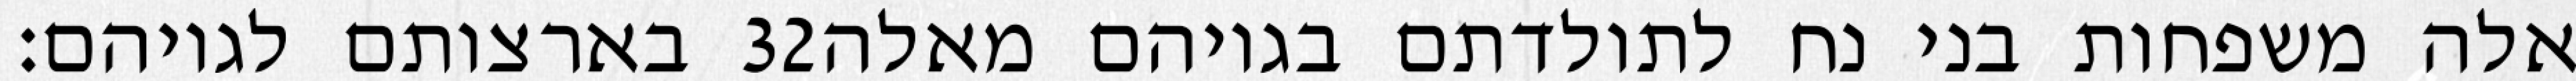
בארצותם לגויהם׃ ‎32‏ אלה משפחות בני נח לתולדתם בגויהם מאלה